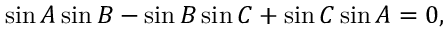
\sin A \sin B - \sin B \sin C + \sin C \sin A = 0 ,